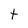
Character: t